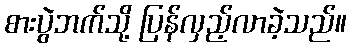
စားပွဲဘက်သို့ ပြန်လှည့်လာခဲ့သည်။